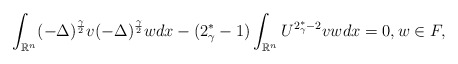
\begin{align*}\displaystyle\int_{\mathbb{R}^n}(- \Delta)^{\frac{\gamma}{2}}v(- \Delta)^{\frac{\gamma}{2}}wdx -(2^*_\gamma - 1)\displaystyle\int_{\mathbb{R}^n}U^{2^*_\gamma - 2}vwdx = 0,w\in F,\end{align*}